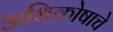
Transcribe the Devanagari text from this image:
अधिकोषाचे